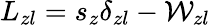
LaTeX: L_{zl}=s_{z}\delta_{zl}-\mathcal{W}_{zl}